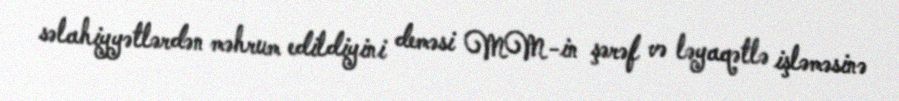
səlahiyyətlərdən məhrum edildiyini deməsi MM-in şərəf və ləyaqətlə işləməsinə